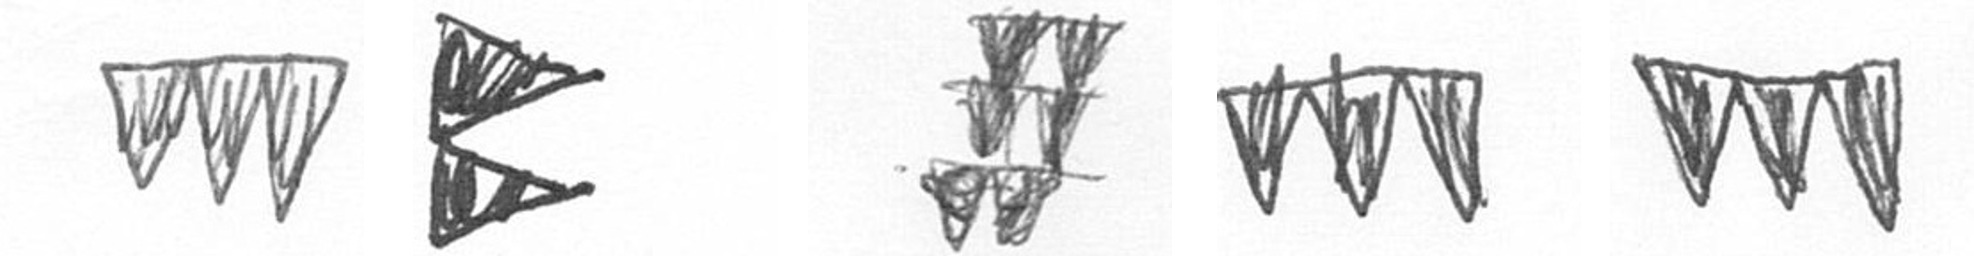
L P Y L L